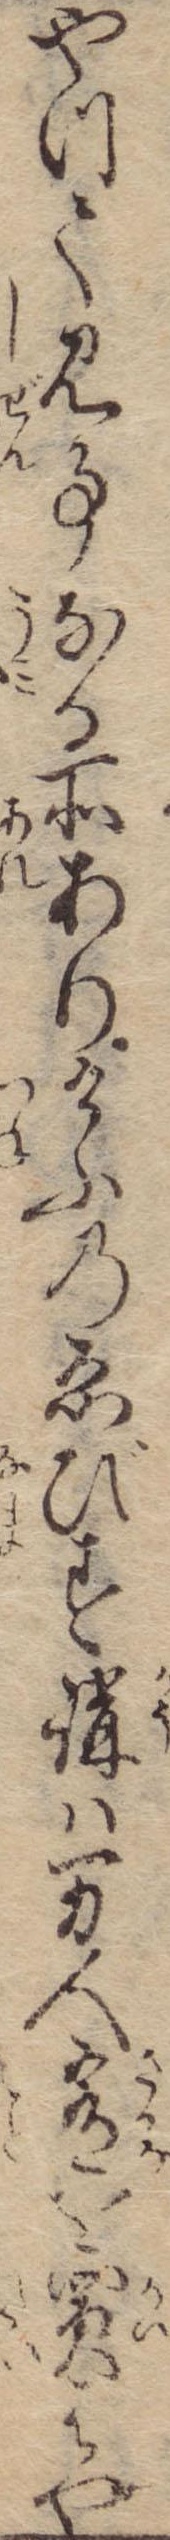
やつて見事なる所ありけふのゑびす講は万人肴を買はや